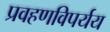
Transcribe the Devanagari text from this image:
प्रवहणविपर्यय